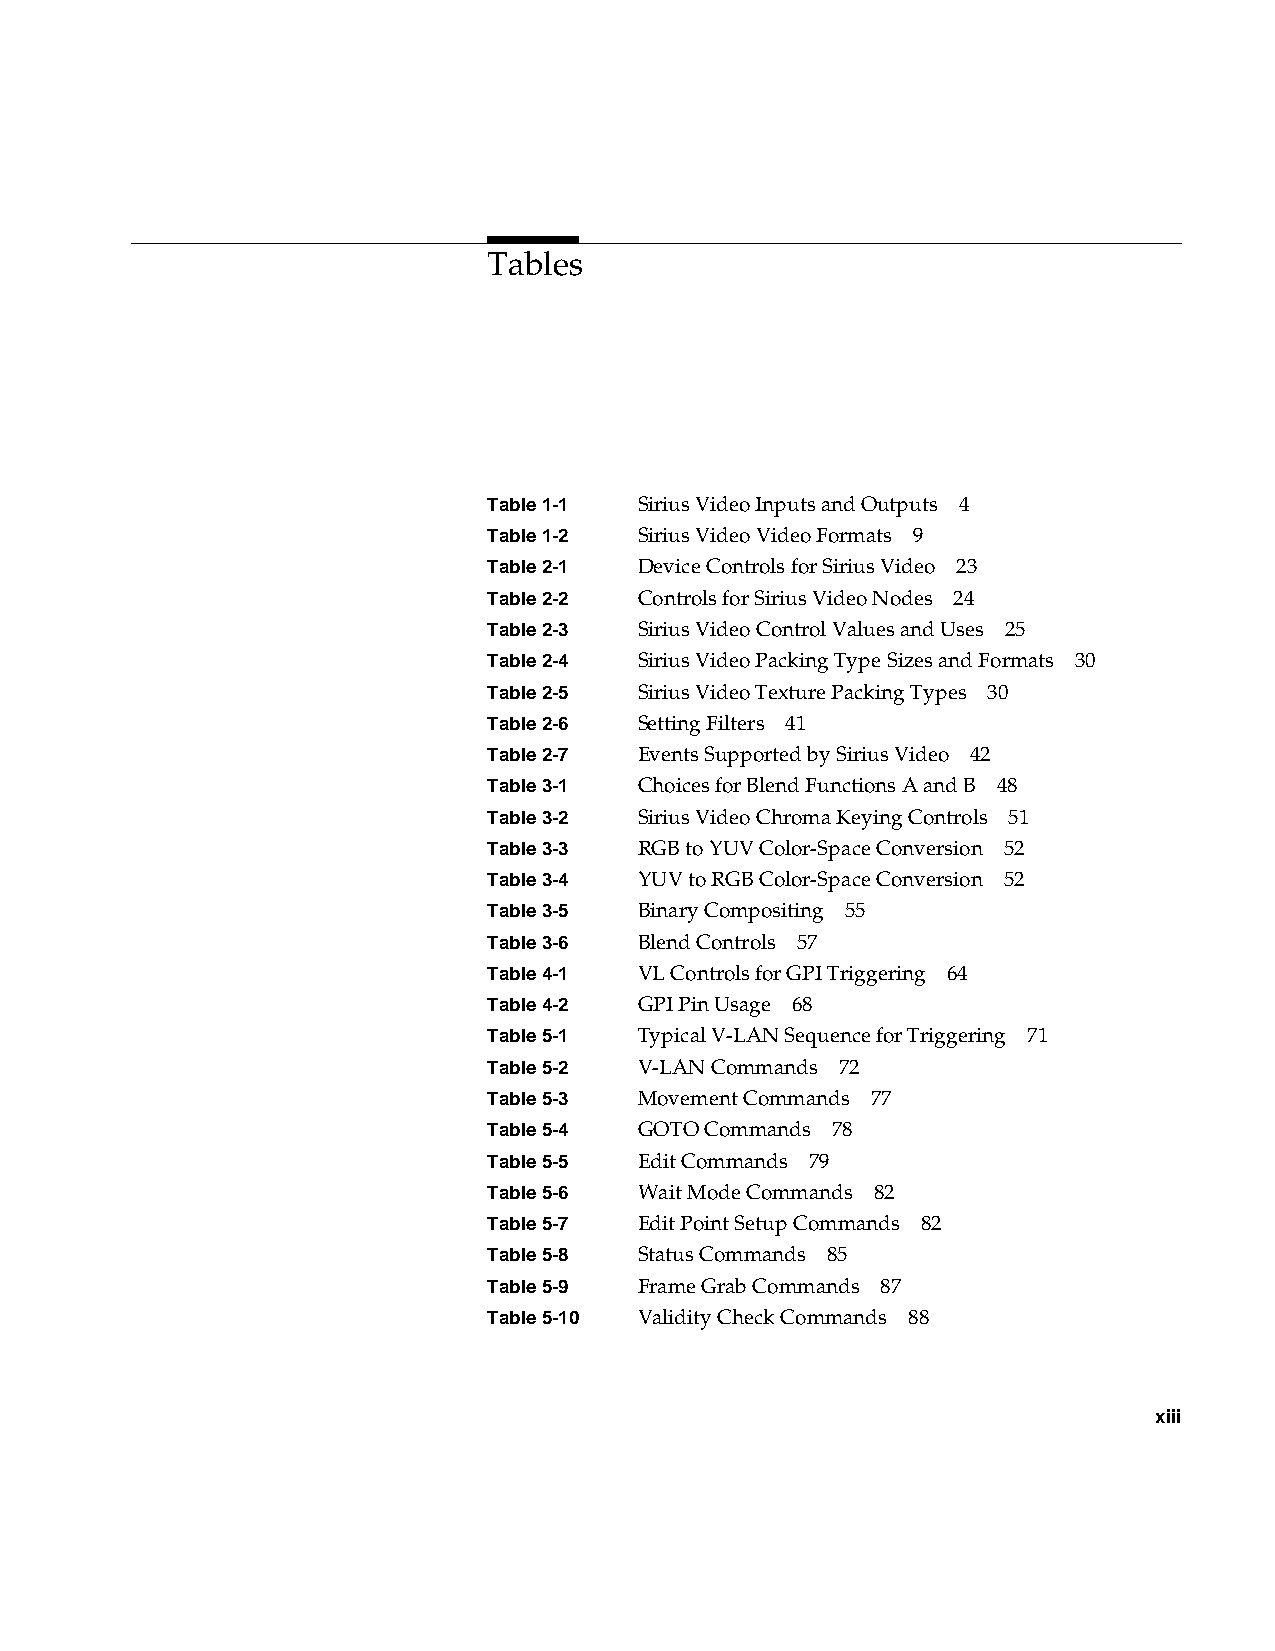
Tables
 Table1-1  Sirius Video Inputs and Outputs 4
 Table1-2  Sirius Video Video Formats 9
 Table2-1  Device Controls for Sirius Video 23
 Table2-2  Controls for Sirius Video Nodes 24
 Table2-3  Sirius Video Control Values and Uses 25
 Table2-4  Sirius Video Packing Type Sizes and Formats 30
 Table2-5  Sirius Video Texture Packing Types 30
 Table2-6  Setting Filters 41
 Table2-7  Events Supported by Sirius Video 42
 Table3-1  Choices for Blend Functions A and B 48
 Table3-2  Sirius Video Chroma Keying Controls 51
 Table3-3  RGB to YUV Color-Space Conversion 52
 Table3-4  YUV to RGB Color-Space Conversion 52
 Table3-5  Binary Compositing 55
 Table3-6  Blend Controls 57
 Table4-1  VL Controls for GPI Triggering 64
 Table4-2  GPI Pin Usage 68
 Table5-1  Typical V-LAN Sequence for Triggering 71
 Table5-2  V-LAN Commands 72
 Table5-3  Movement Commands 77
 Table5-4  GOTO Commands 78
 Table5-5  Edit Commands 79
 Table5-6  Wait Mode Commands 82
 Table5-7  Edit Point Setup Commands 82
 Table5-8  Status Commands 85
 Table5-9  Frame Grab Commands 87
 Table5-10 Validity Check Commands 88
 xiii